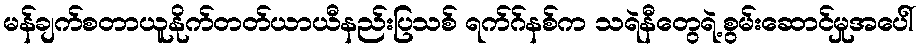
မန်ချက်စတာယူနိုက်တတ်ယာယီနည်းပြသစ် ရက်ဂ်နစ်က သရဲနီတွေရဲ့စွမ်းဆောင်မှုအပေါ်